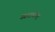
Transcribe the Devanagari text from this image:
आराकोए